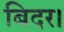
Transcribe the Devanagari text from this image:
बिदर।